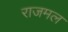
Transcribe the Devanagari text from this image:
राजमल